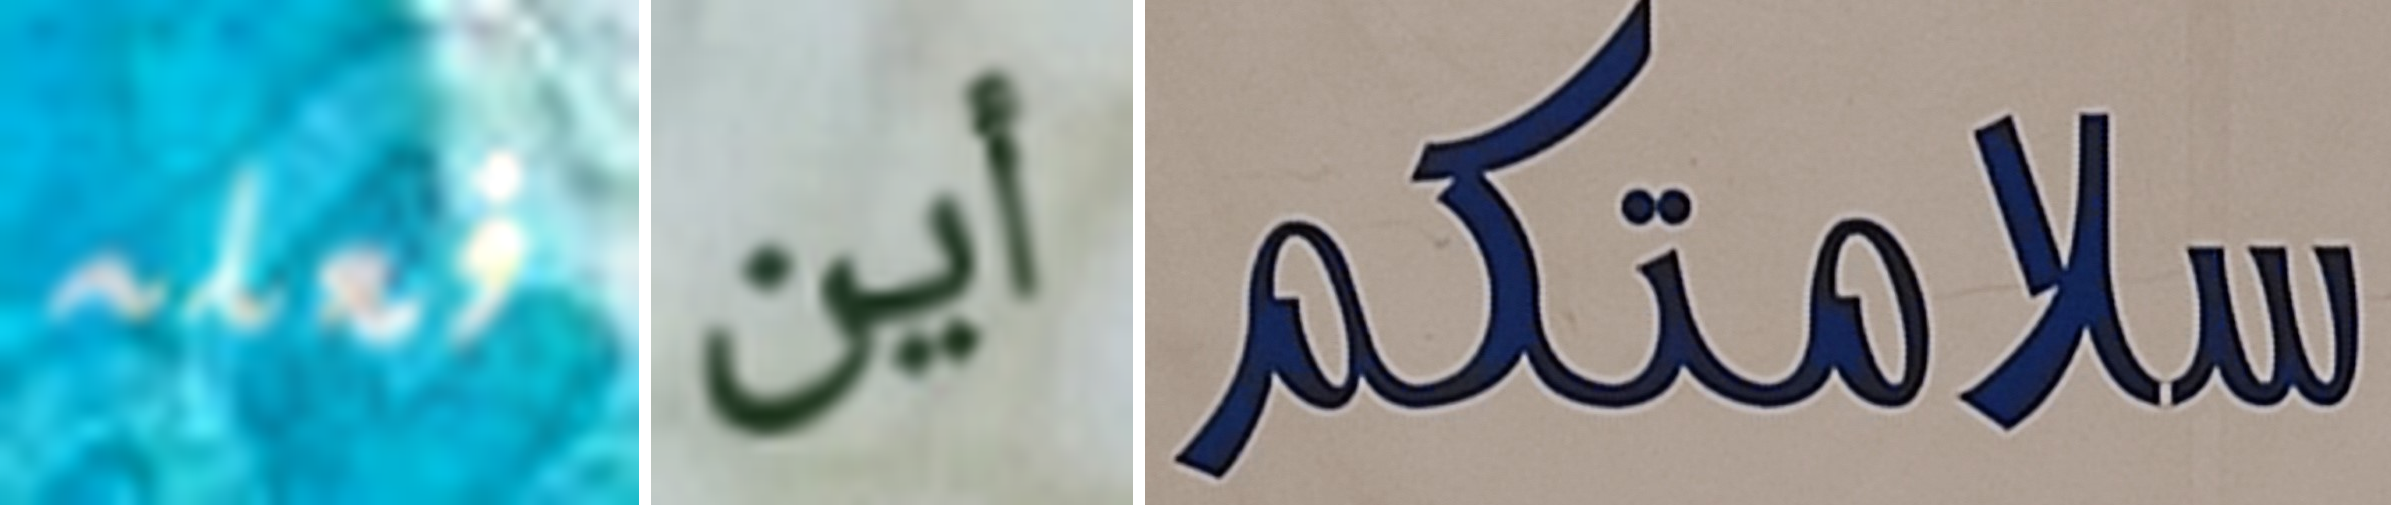
فعله أين سلامتكم